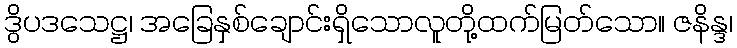
ဒွိပဒသေဋ္ဌ၊ အခြေနှစ်ချောင်းရှိသောလူတို့ထက်မြတ်သော။ ဇနိန္ဒ၊